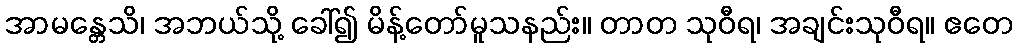
အာမန္တေသိ၊ အဘယ်သို့ ခေါ်၍ မိန့်တော်မူသနည်း။ တာတ သုဝီရ၊ အချင်းသုဝီရ။ ဧတေ